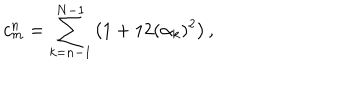
c _ { m } ^ { n } = \sum _ { k = n - 1 } ^ { N - 1 } \big ( 1 + 1 2 ( \alpha _ { k } ) ^ { 2 } \big ) \, ,